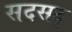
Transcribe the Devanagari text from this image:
सदसद्